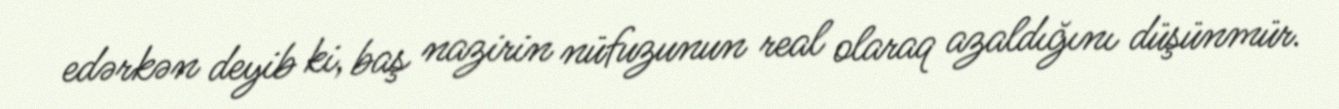
edərkən deyib ki, baş nazirin nüfuzunun real olaraq azaldığını düşünmür.